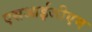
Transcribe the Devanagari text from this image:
एसआईजीएम